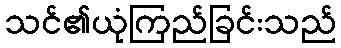
သင်၏ယုံကြည်ခြင်းသည်